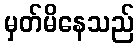
မှတ်မိနေသည်